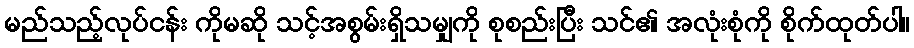
မည်သည့်လုပ်ငန်း ကိုမဆို သင့်အစွမ်းရှိသမျှကို စုစည်းပြီး သင်၏ အလုံးစုံကို စိုက်ထုတ်ပါ။